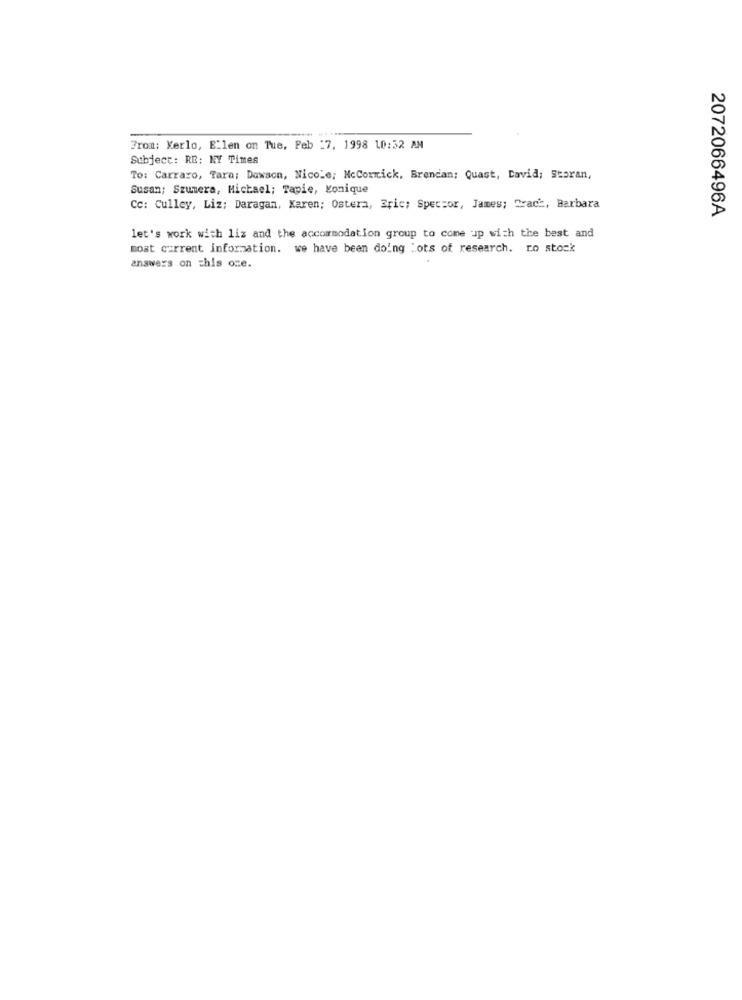
From: Kerlo, E'len on Tue, Feb =7. 1998 10:32 AM
Subject: RE: NY Times
To: Carraro, Tara; Dawson, Nicole, NcCormick, Brendan: Quast, David; Storan,
Susan; Szumera, Michael; Tapie, Konique
Cc: Culley, Liz; Daragan, Karen; Ostera, Bric; Spector, James; Trach, Barbara
2072066496A
let's work with liz and the accommodation group to come up with the best and
most current information. we have been doing Lots of research. ro stock
answers on this one.